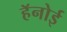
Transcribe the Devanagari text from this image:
हॅनोई